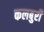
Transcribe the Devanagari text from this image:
कलबुरी